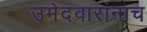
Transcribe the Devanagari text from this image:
उमेदवारांनाच